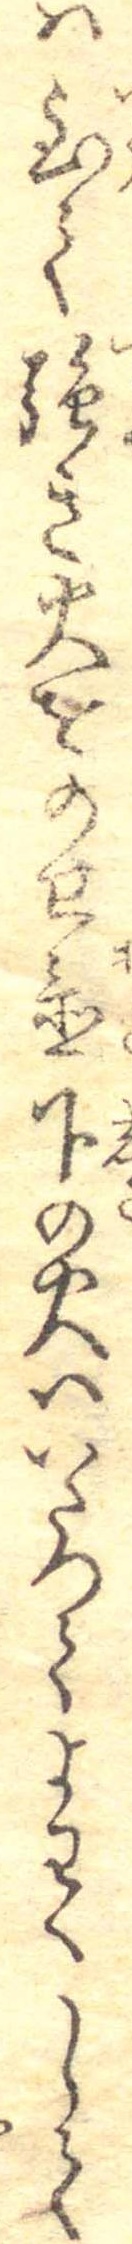
は至て強き火をのせ置下の火はいたつてよわくして